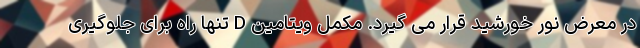
در معرض نور خورشید قرار می گیرد. مکمل ویتامین D تنها راه برای جلوگیری